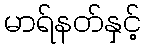
မာရ်နတ်နှင့်